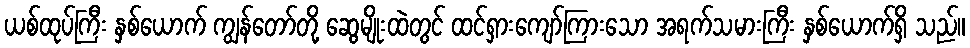
ယစ်ထုပ်ကြီး နှစ်ယောက် ကျွန်တော်တို့ ဆွေမျိုးထဲတွင် ထင်ရှားကျော်ကြားသော အရက်သမားကြီး နှစ်ယောက်ရှိ သည်။